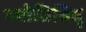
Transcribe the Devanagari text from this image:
ज्योतिविद्